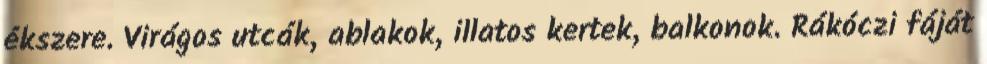
ékszere. Virágos utcák, ablakok, illatos kertek, balkonok. Rákóczi fáját